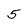
Character: 5